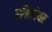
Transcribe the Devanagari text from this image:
एनिह्वेयर